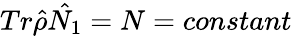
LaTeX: Tr\hat{\rho}\hat{N_{1}}=N=constant